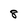
Character: 8